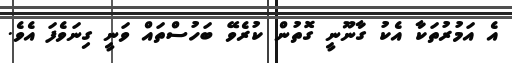
އެ އަމުރުތަކާ އެކު ގާނޫނީ ގޮތުން ކުރެވޭ ބަހުސްތައް ވަނީ ގިނަވެފަ އެވެ.